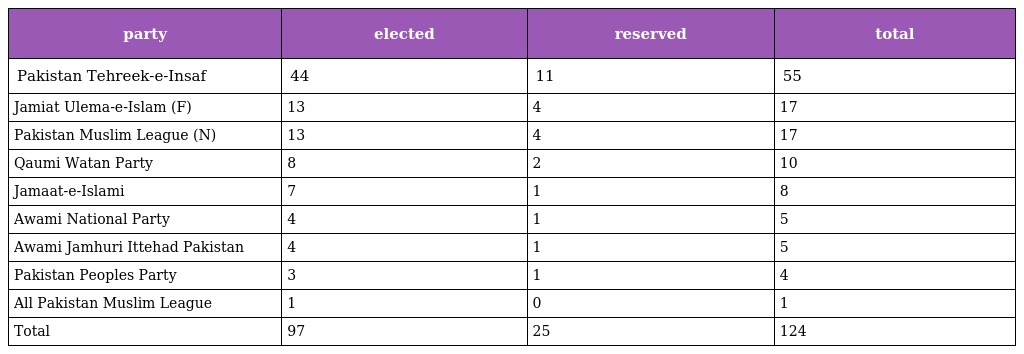
| party | elected | reserved | total |
 | --- | --- | --- | --- |
 | Pakistan Tehreek-e-Insaf | 44 | 11 | 55 |
 | Jamiat Ulema-e-Islam (F) | 13 | 4 | 17 |
 | Pakistan Muslim League (N) | 13 | 4 | 17 |
 | Qaumi Watan Party | 8 | 2 | 10 |
 | Jamaat-e-Islami | 7 | 1 | 8 |
 | Awami National Party | 4 | 1 | 5 |
 | Awami Jamhuri Ittehad Pakistan | 4 | 1 | 5 |
 | Pakistan Peoples Party | 3 | 1 | 4 |
 | All Pakistan Muslim League | 1 | 0 | 1 |
 | Total | 97 | 25 | 124 |